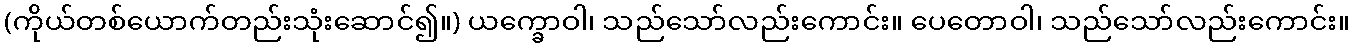
(ကိုယ်တစ်ယောက်တည်းသုံးဆောင်၍။) ယက္ခောဝါ၊ သည်သော်လည်းကောင်း။ ပေတောဝါ၊ သည်သော်လည်းကောင်း။